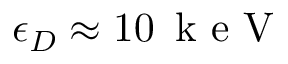
\epsilon _ { D } \approx 1 0 \, \mathrm { ~ k ~ e ~ V ~ }